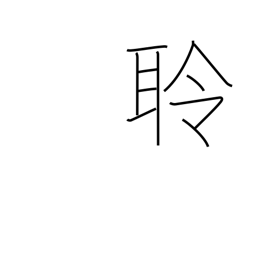
Meaning: realizing